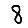
Digit: 8